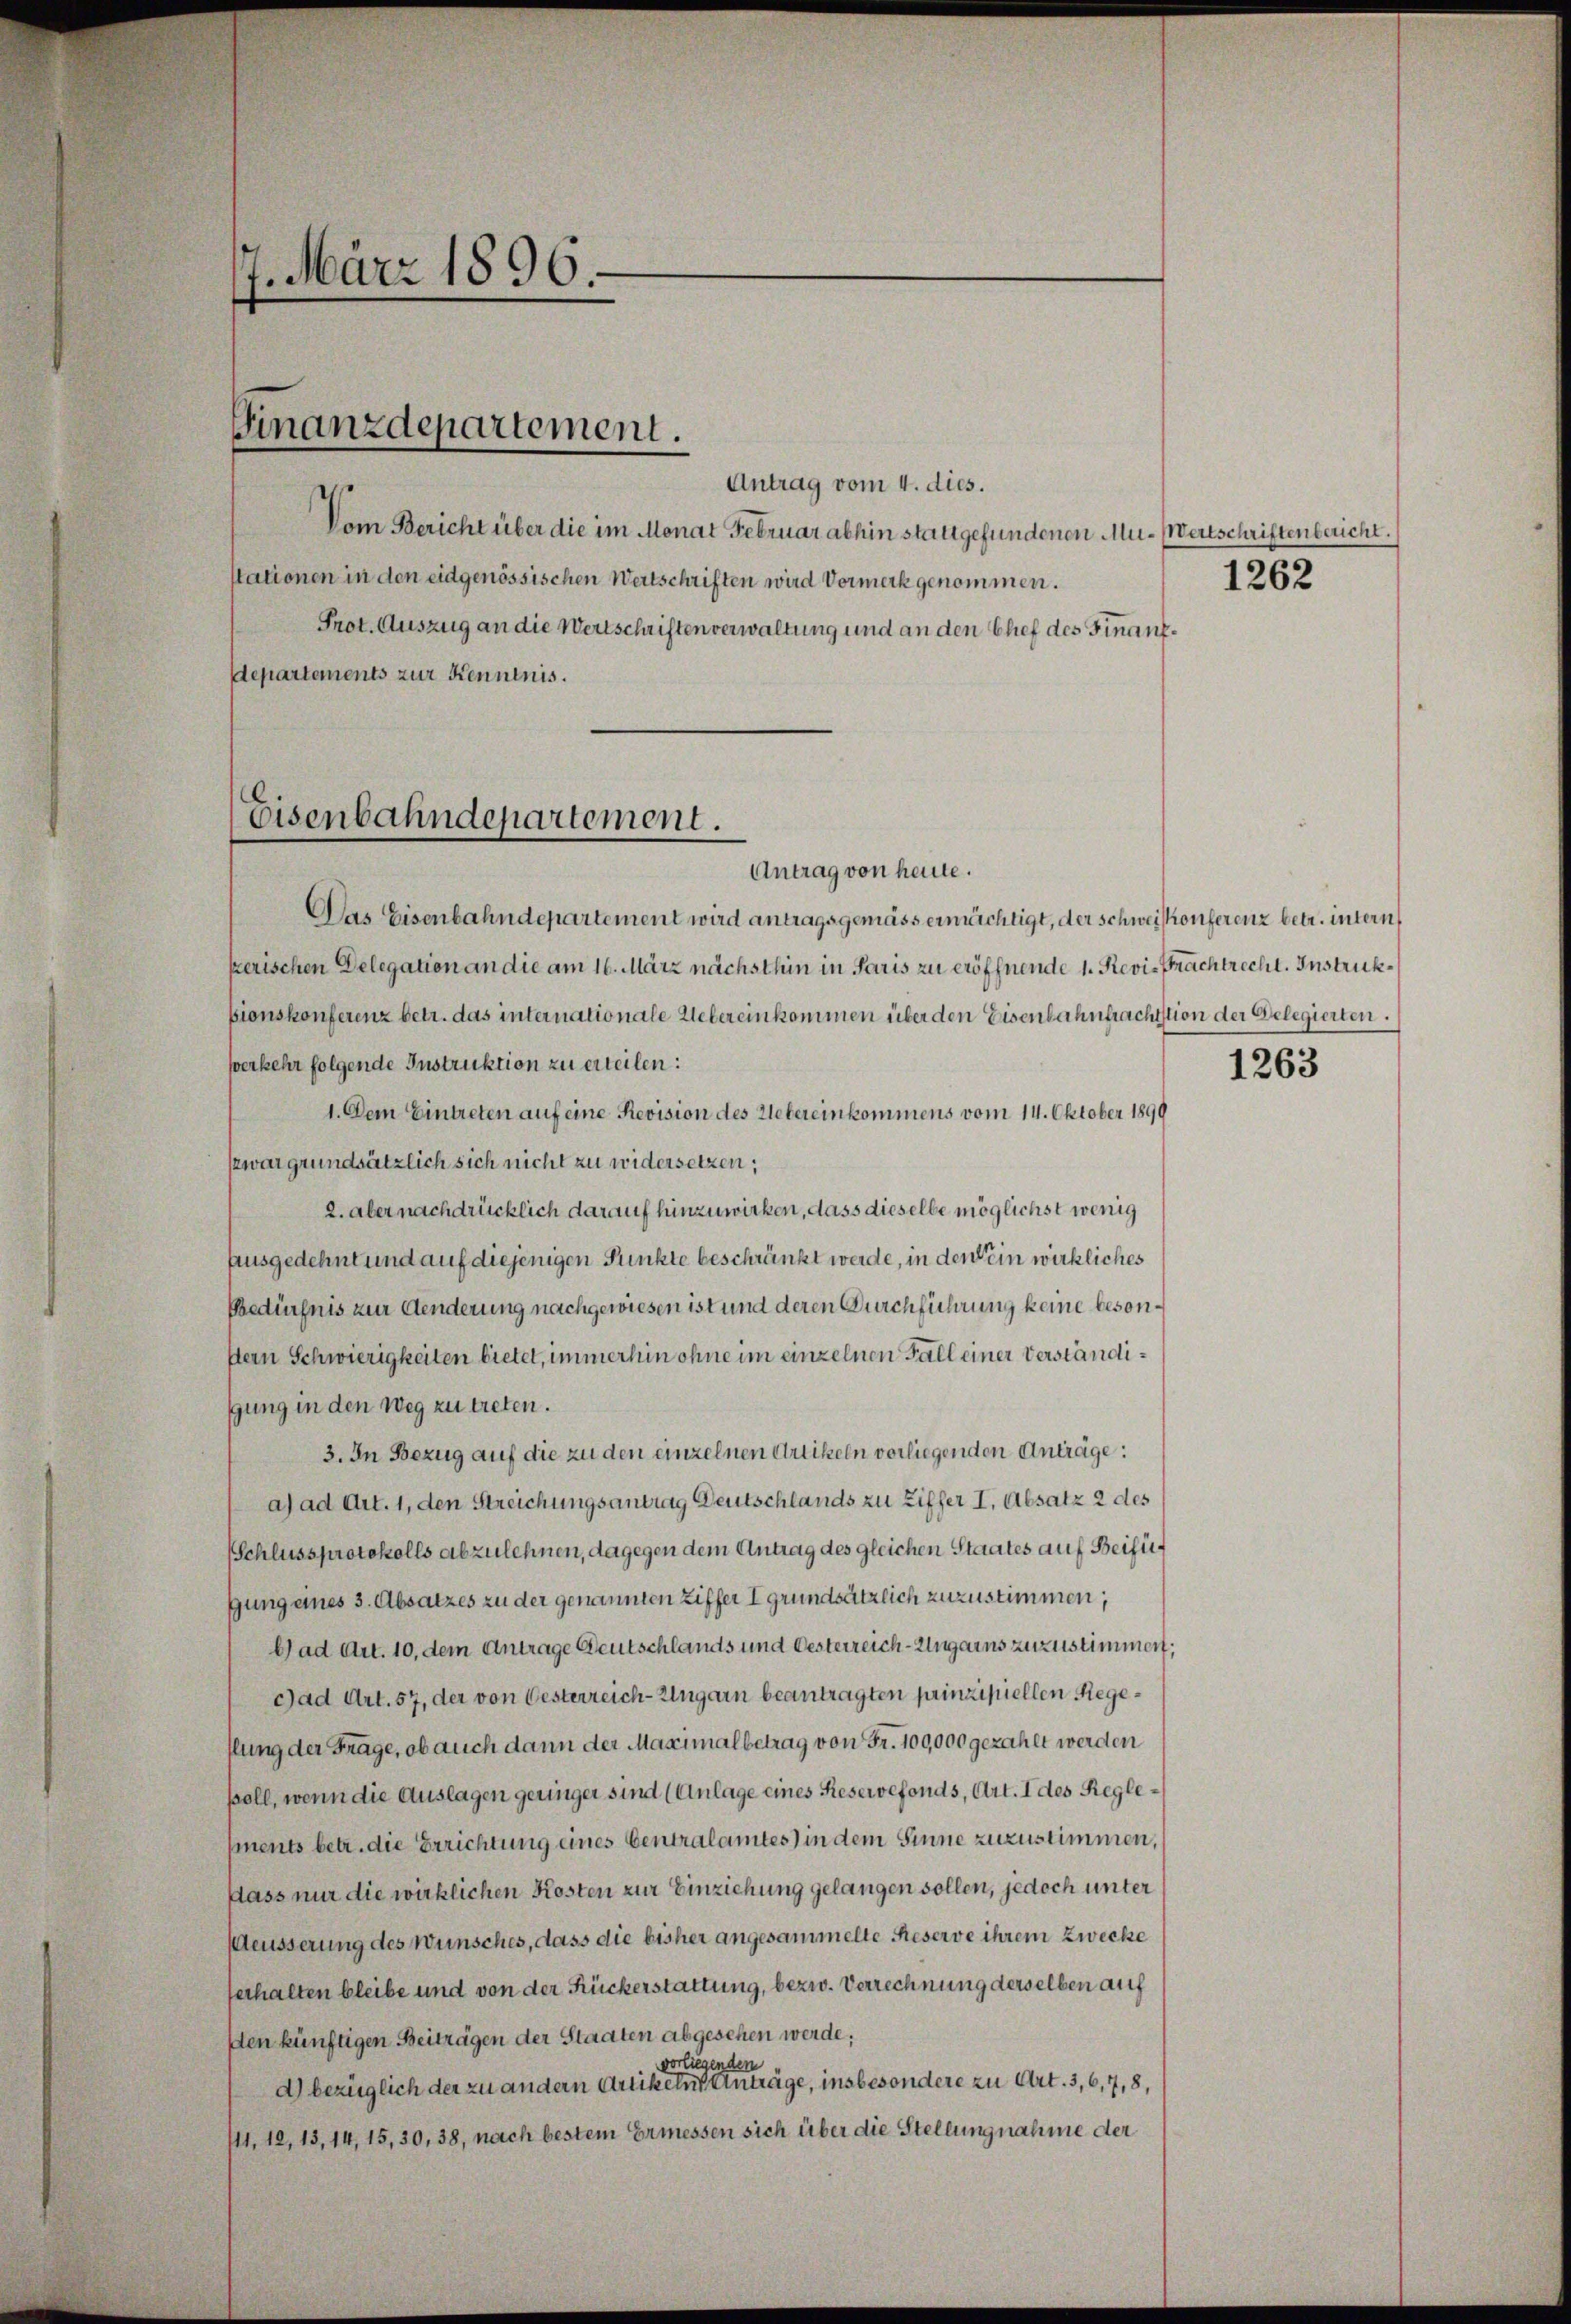
7. März 1896.

Finanzdepartement.

Antrag vom 4. dies.
Vom Bericht über die im Monat Februar abhin stattgefundenen Mu-Wertschriftenbericht.
stationen in den eidgenössischen Wertschriften wird Vormerk genommen.
Prot. Auszug an die Wertschriften verwaltung und an den Chef des Finanz¬
Departements zur Kenntnis.

Eisenbahndepartement.

1262

Antrag von heute.
Das Eisenbahndepartement wird antragsgemäss ermächtigt, der Schweiskonferenz betr. intern
kerischen Delegation an die am 16. März nächsthin in Paris zu eröffnende 1. Revi-Prachtrecht. Instruksionskonferenz betr. das internationale Uebereinkommen über den Eisenbahnbrachtstion der Gelegierten.
verkehr folgende Instruktion zu erteilen:
1. Dem Eintreten auf eine Revision des Uebereinkommens vom 14. Oktober 1899
szwar grundsätzlich sich nicht zu widersetzen;
2. aber nachdrücklich darauf hinzuwirken, dass dieselbe möglichst wenig
Ausgedehnt und auf diejenigen Punkte beschränkt werde, in den Sein wirkliches
Bedürfnis zur Aenderung nachgewiesen ist und deren Durchführung keine besonstern Schwierigkeiten bietet, immerhin ohne im einzelnen Fall einer verständigung in den Weg zu treten.
3. In Bezug auf die zu den einzelnen Artikeln vorliegenden Anträge:
a) ad Art. 1, den Streichungsantrag Deutschlands zu Ziffer I. Absatz 2 des
Schlussprotokolls abzulehnen, dagegen dem Antrag des gleichen Staates auf Beifügung eines 3. Absatzes zu der genannten Ziffer I grundsätzlich zuzustimmen;
Gad Art. 10, dem Antrage Deutschlands und Oesterreich-Ungarns zuzustimmert;
Gad Art. 57, der von Oesterreich-Ungarn beantragten prinzipiellen Regeflung der Frage, ob auch dann der Maximalbetrag von Fr. 100,000 gezahlt werden
poll, wenn die Auslagen geringer sind (Anlage eines Reservefonds, Art. I des Reglepnents betr. die Berichtung eines Centralamtes in dem Sinne zuzustimmen,
dass nur die wirklichen Kosten zur Einziehung gelangen sollen, jedoch unter
eusserung des Wunsches, dass die bisher angesammelte Reserve ihrem Zwecke
serhalten bleibe und von der Rückerstattung, bezw. Verrechnung derselben auf
den künftigen Beiträgen der Staaten abgesehen werde;
vorliegenden
d) bezüglich der zu andern Artikelns Anträge, insbesondere zu Art. 3, 6, 7, 8,
111. 18, 13, 14, 15, 30, 38, nach bestem Ermessen sich über die Stellungnahme der

1263